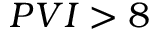
P V I > 8